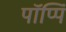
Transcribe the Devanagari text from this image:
पॉप्पिं